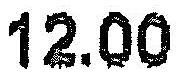
12.00